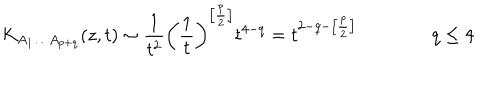
K _ { A _ { 1 } \ldots A _ { p + q } } ( z , t ) \sim \frac { 1 } { t ^ { 2 } } \left( \frac { 1 } { t } \right) ^ { \left[ \frac { p } { 2 } \right] } t ^ { 4 - q } = t ^ { 2 - q - \left[ \frac { p } { 2 } \right] } \qquad \qquad q \leq 4